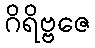
ဂိရိဗ္ဗဇေ